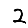
Digit: 2